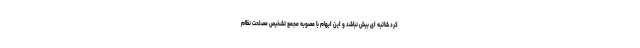
کرد شائبه ای بیش نباشد و این ابهام با مصوبه مجمع تشخیص مصلحت نظام